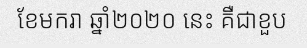
ខែមករា ឆ្នាំ២០២០ នេះ គឺជាខួប